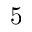
5